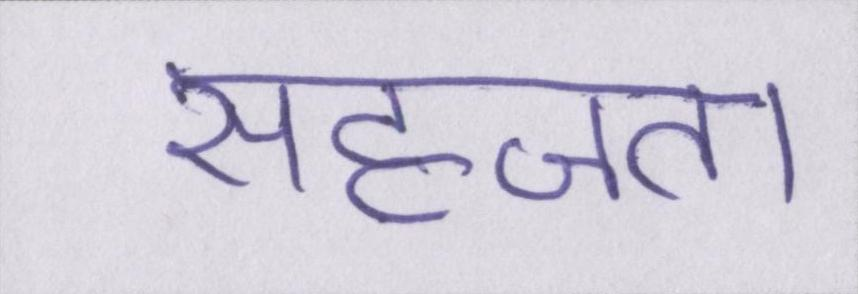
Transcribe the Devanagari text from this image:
सहजता